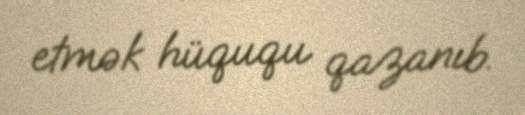
etmək hüququ qazanıb.